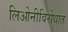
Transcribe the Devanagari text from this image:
लिओनीविरोधात